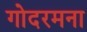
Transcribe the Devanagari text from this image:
गोदरमना